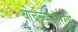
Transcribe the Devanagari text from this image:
बोचल्यासारखी